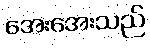
အေးအေးသည်